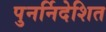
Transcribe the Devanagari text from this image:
पुनर्निदेशित